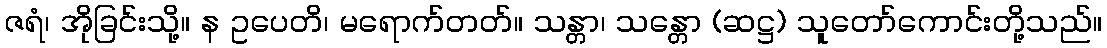
ဇရံ၊ အိုခြင်းသို့။ န ဥပေတိ၊ မရောက်တတ်။ သန္တာ၊ သန္တော (ဆဋ္ဌ) သူတော်ကောင်းတို့သည်။